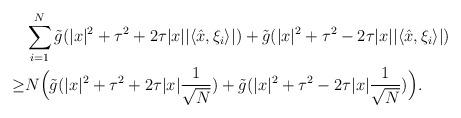
LaTeX: \begin{align*}& \sum_{i=1}^{N} \tilde g(|x|^2 + \tau^2 + 2\tau |x| |\langle \hat x, \xi_i \rangle|) + \tilde g(|x|^2 + \tau^2 - 2\tau |x| |\langle \hat x, \xi_i \rangle|) \\\geq & N \Big{(}\tilde g(|x|^2 + \tau^2 + 2\tau |x| \frac{1}{\sqrt{N}}) + \tilde g(|x|^2 + \tau^2 - 2\tau |x| \frac{1}{\sqrt{N}}) \Big{)}.\end{align*}